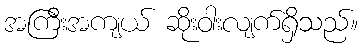
အကြီးအကျယ် ဆိုးဝါးလျက်ရှိသည်။